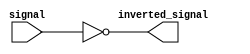
module inverter_buffer(
    input signal,
    output inverted_signal
);
  
  assign inverted_signal = ~signal;
  
endmodule